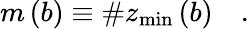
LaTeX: m\left(b\right)\equiv\# z_{\operatorname*{min}}\left(b\right)\quad.